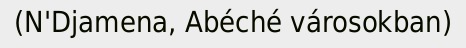
(N'Djamena, Abéché városokban)